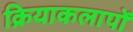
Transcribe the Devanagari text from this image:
क्रियाकलापोँ